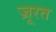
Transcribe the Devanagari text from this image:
ज्रूरत